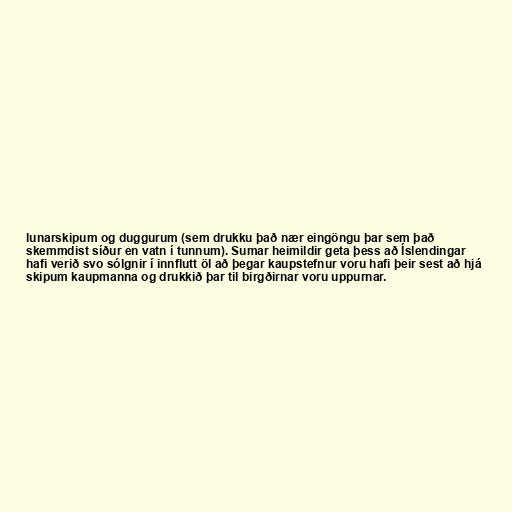
lunarskipum og duggurum (sem drukku það nær eingöngu þar sem það
skemmdist síður en vatn í tunnum). Sumar heimildir geta þess að Íslendingar
hafi verið svo sólgnir í innflutt öl að þegar kaupstefnur voru hafi þeir sest að hjá
skipum kaupmanna og drukkið þar til birgðirnar voru uppurnar.